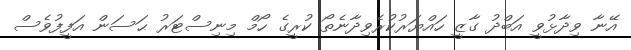
އޭނާ ވިދާޅުވީ އަބްދު ގާޒީ ހައްޔަރުކުރެވިދާނެތޯ ކުރީގެ ހޯމް މިނިސްޓަރު ޙަސަން އަފީފުވެސް